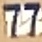
77